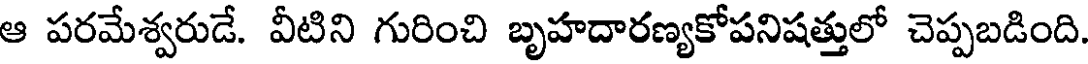
ఆ పరమేశ్వరుడే. వీటిని గురించి బృహదారణ్యకోపనిషత్తులో చెప్పబడింది.